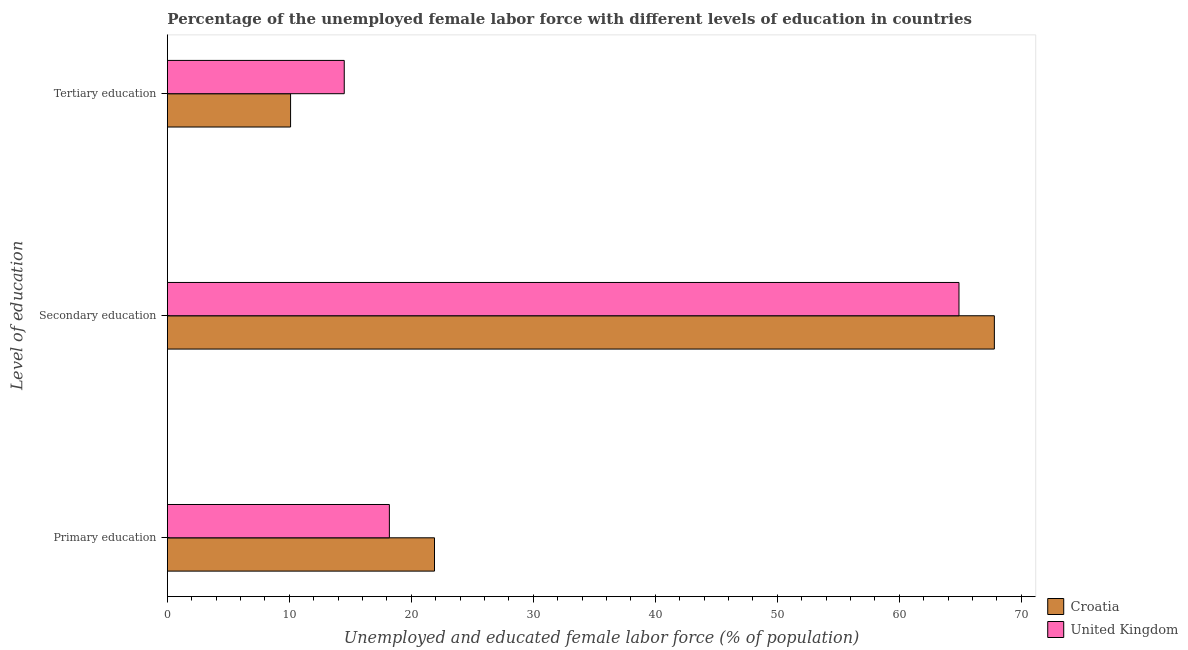
| Level of education | Croatia | United Kingdom |
 | --- | --- | --- |
 | Primary education | 21.9 | 18.2 |
 | Secondary education | 67.8 | 64.9 |
 | Tertiary education | 10.1 | 14.5 |